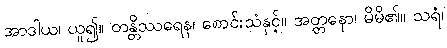
အာဒါယ၊ ယူ၍။ တန္တိဿရေန၊ စောင်းသံနှင့်။ အတ္တနော၊ မိမိ၏။ သရံ၊